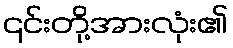
၎င်းတို့အားလုံး၏